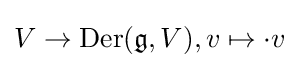
V\to \operatorname {Der} ({\mathfrak {g}},V),v\mapsto \cdot v